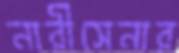
নারীসেনার